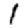
Digit: 1